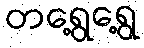
တရွေ့ရွေ့